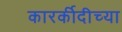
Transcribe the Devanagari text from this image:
कारर्कीदीच्या